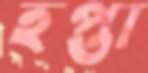
হপ্তা